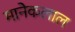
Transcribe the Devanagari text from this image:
मानेकलाल